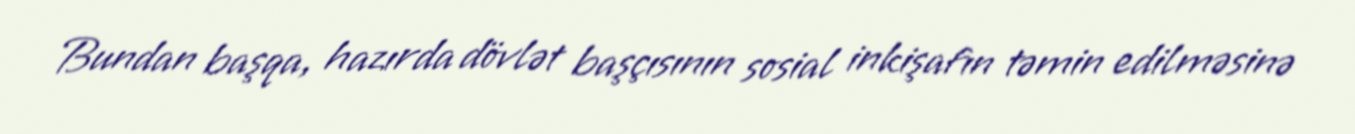
Bundan başqa, hazırda dövlət başçısının sosial inkişafın təmin edilməsinə